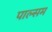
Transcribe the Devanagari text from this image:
पाल्सम